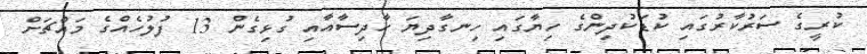
ކުރީގެ ސަރުކާރުގައި ކުޑަކުދިންގެ ހިޔާގައި ހިނގާދިޔަ ހާދިސާއާއި ގުޅިގެން 13 ފުލުހެއްގެ މައްޗަށް